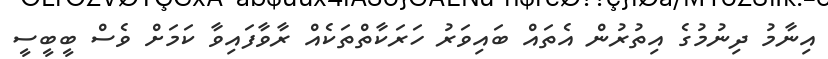
އިނާމު ދިނުމުގެ އިތުުރުން އެތައް ބައިވަރު ހަރަކާތްތަކެއް ރާވާފައިވާ ކަމަށް ވެސް ބީބީސީ